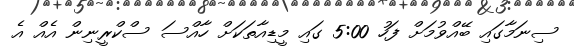
ސިނަމާގައި ބޭއްވުމަށް ފަހު 5:00 ގައި މީޑިއާތަކަށް ހާއްސަ ސްކްރީނިން އެއް އެ